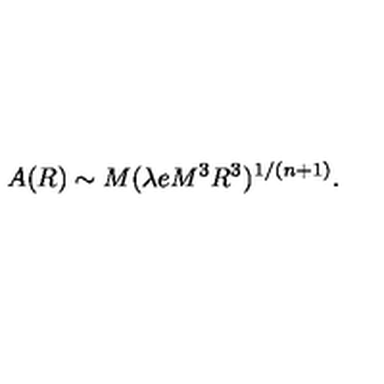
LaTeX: A ( R ) \sim M ( \lambda e M ^ { 3 } R ^ { 3 } ) ^ { 1 / ( n + 1 ) } .